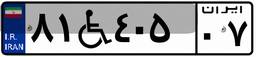
۸۱W۴۰۵۰۷